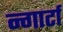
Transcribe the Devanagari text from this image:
न्गार्टा